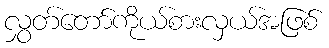
လွှတ်တော်ကိုယ်စားလှယ်အဖြစ်